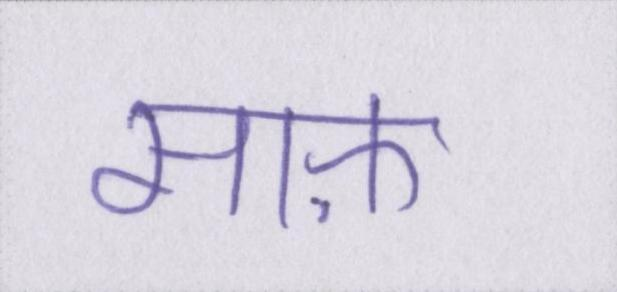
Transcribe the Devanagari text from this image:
साफ़